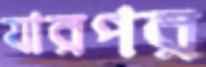
যারপর